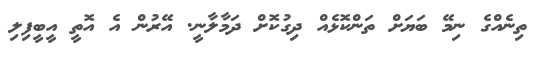
ތިނެއްގެ ނިމޭ ބަޔަށް ތަންކޮޅެއް ދިގުކޮށް ދަމާލާނީ. އޭރުން އެ އޮތީ އީބީފިލި